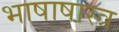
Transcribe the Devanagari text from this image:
भाषाषास्त्र